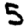
Digit: 5